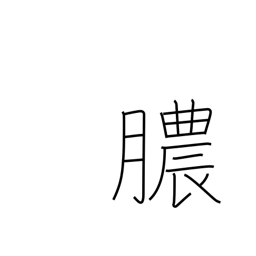
Meaning: discharge